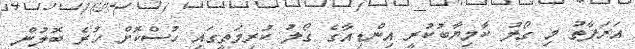
އަރަފާތު މި ގޯލު ކާމިޔާބުކުރީ އިންޑިއާގެ ގޯލު ކުރިމަތީގައި ހުސްކޮށް ހުރެ ބޮލުން